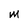
Character: M